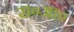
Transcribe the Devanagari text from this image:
रा०आ०